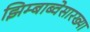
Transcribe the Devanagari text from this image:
झिम्बाब्वेसारख्या